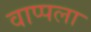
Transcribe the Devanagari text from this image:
वाप्पला